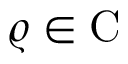
\varrho \in \mathrm { C }